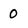
Character: 0